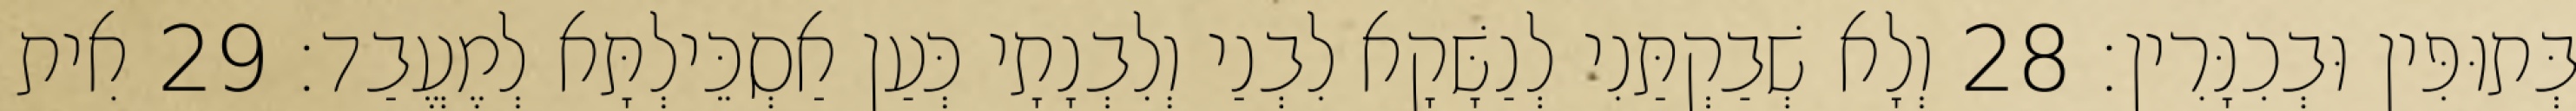
בְּתוּפִּין וּבְכִנָּרִין׃ 28 וְלָא שְׁבַקְתַּנִי לְנַשָּׁקָא לִבְנַי וְלִבְנָתָי כְּעַן אַסְכֵּילְתָּא לְמֶעֱבַד׃ 29 אִית